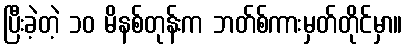
ပြီးခဲ့တဲ့ ၁၀ မိနစ်တုန်းက ဘတ်စ်ကားမှတ်တိုင်မှာ။